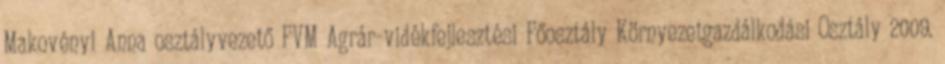
Makovényi Anna osztályvezető FVM Agrár-vidékfejlesztési Főosztály Környezetgazdálkodási Osztály 2009.